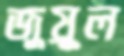
জুয়ুল